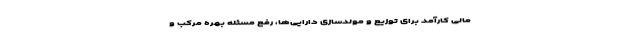
مالی کارآمد برای توزیع و مولدسازی دارایی‌ها، رفع مسئله بهره مرکب و